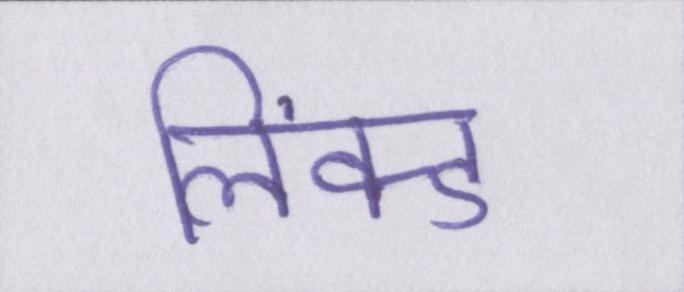
लिंक्ड